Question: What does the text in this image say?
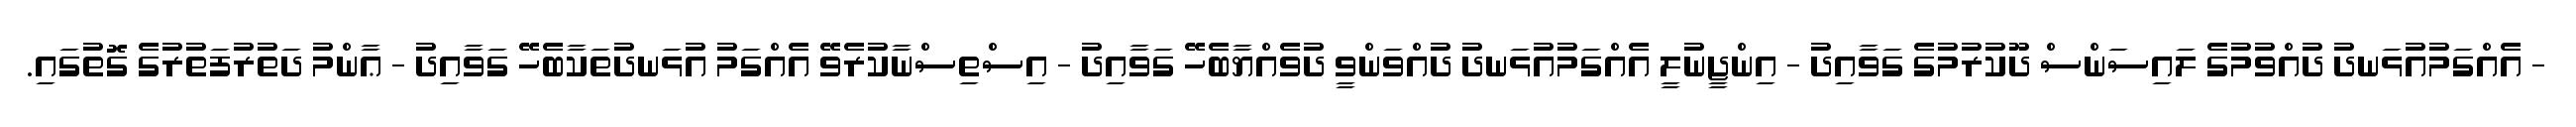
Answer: - އެއްގަމުއުޅަނދު ދުއްވުމުގެ ލައިސަންސް ދޫކުރުމުގެ ގަވާއިދު - އިންޖީނުލީ އެއްގަމުއުޅަނދު ދުއްވަންވީ ދުވެއްޔާބެހޭ ގަވާއިދު - އިސްތިސްނާކުރެވޭ އެއްގަމު އުޅަނދުތަކާބެހޭ ގަވާއިދު - ޢާންމު ދަތުރުފަތުރުގެ ގޮތުގައި.